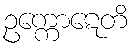
ဥက္ကောဋေတိ